Report on the working of the Ranchi Indian Mental Hospital, Kanke, in Bihar and Orissa - 1930-1940
Year: 1930
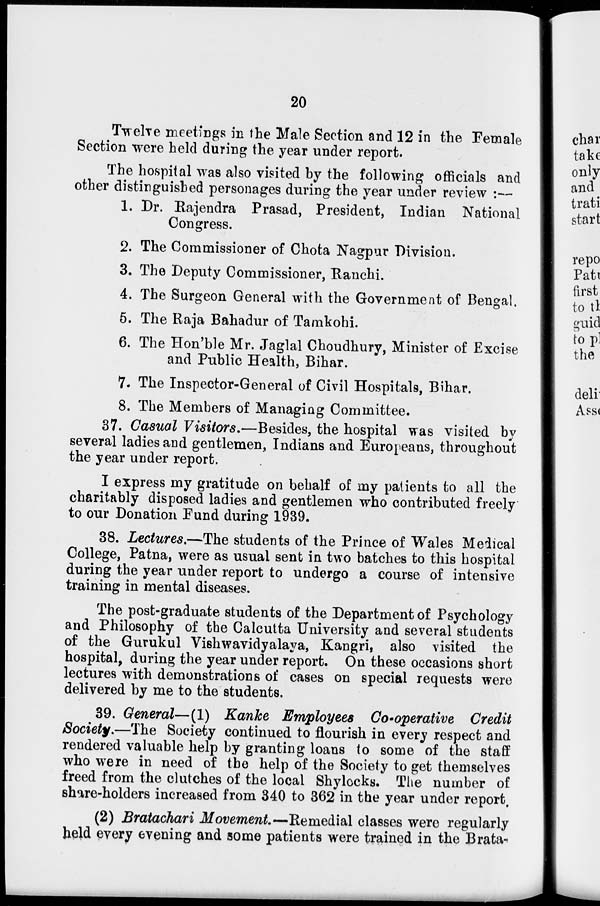
20
Twelve meetings in the Male Section and 12 in the Female
Section were held during the year under report.
The hospital was also visited by the following officials and
other distinguished personages during the year under review :—
1. Dr. Rajendra Prasad, President, Indian National
Congress.
2. The Commissioner of Chota Nagpur Division.
3. The Deputy Commissioner, Ranchi.
4. The Surgeon General with the Government of Bengal.
5. The Raja Bahadur of Tamkohi.
6. The Hon'ble Mr. Jaglal Choudhury, Minister of Excise
and Public Health, Bihar.
7. The Inspector-General of Civil Hospitals, Bihar.
8. The Members of Managing Committee.
37. Casual Visitors.—Besides, the hospital was visited by
several ladies and gentlemen, Indians and Europeans, throughout
the year under report.
I express my gratitude on behalf of my patients to all the
charitably disposed ladies and gentlemen who contributed freely
to our Donation Fund during 1939.
38. Lectures.—The students of the Prince of Wales Medical
College, Patna, were as usual sent in two batches to this hospital
during the year under report to undergo a course of intensive
training in mental diseases.
The post-graduate students of the Department of Psychology
and Philosophy of the Calcutta University and several students
of the Gurukul Vishwavidyalaya, Kangri, also visited the
hospital, during the year under report. On these occasions short
lectures with demonstrations of cases on special requests were
delivered by me to the students.
39. General— (1) Kanke Employees Co-operative Credit
Society.—The Society continued to flourish in every respect and
rendered valuable help by granting loans to some of the staff
who were in need of the help of the Society to get themselves
freed from the clutches of the local Shylocks. The number of
share-holders increased from 340 to 362 in the year under report.
(2) Bratachari Movement.—Remedial classes were regularly
held every evening and some patients were trained in the Brata-